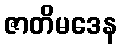
ဇာတိမဒေန